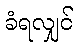
ခံရလျှင်